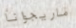
ماريجوانا